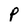
Character: p